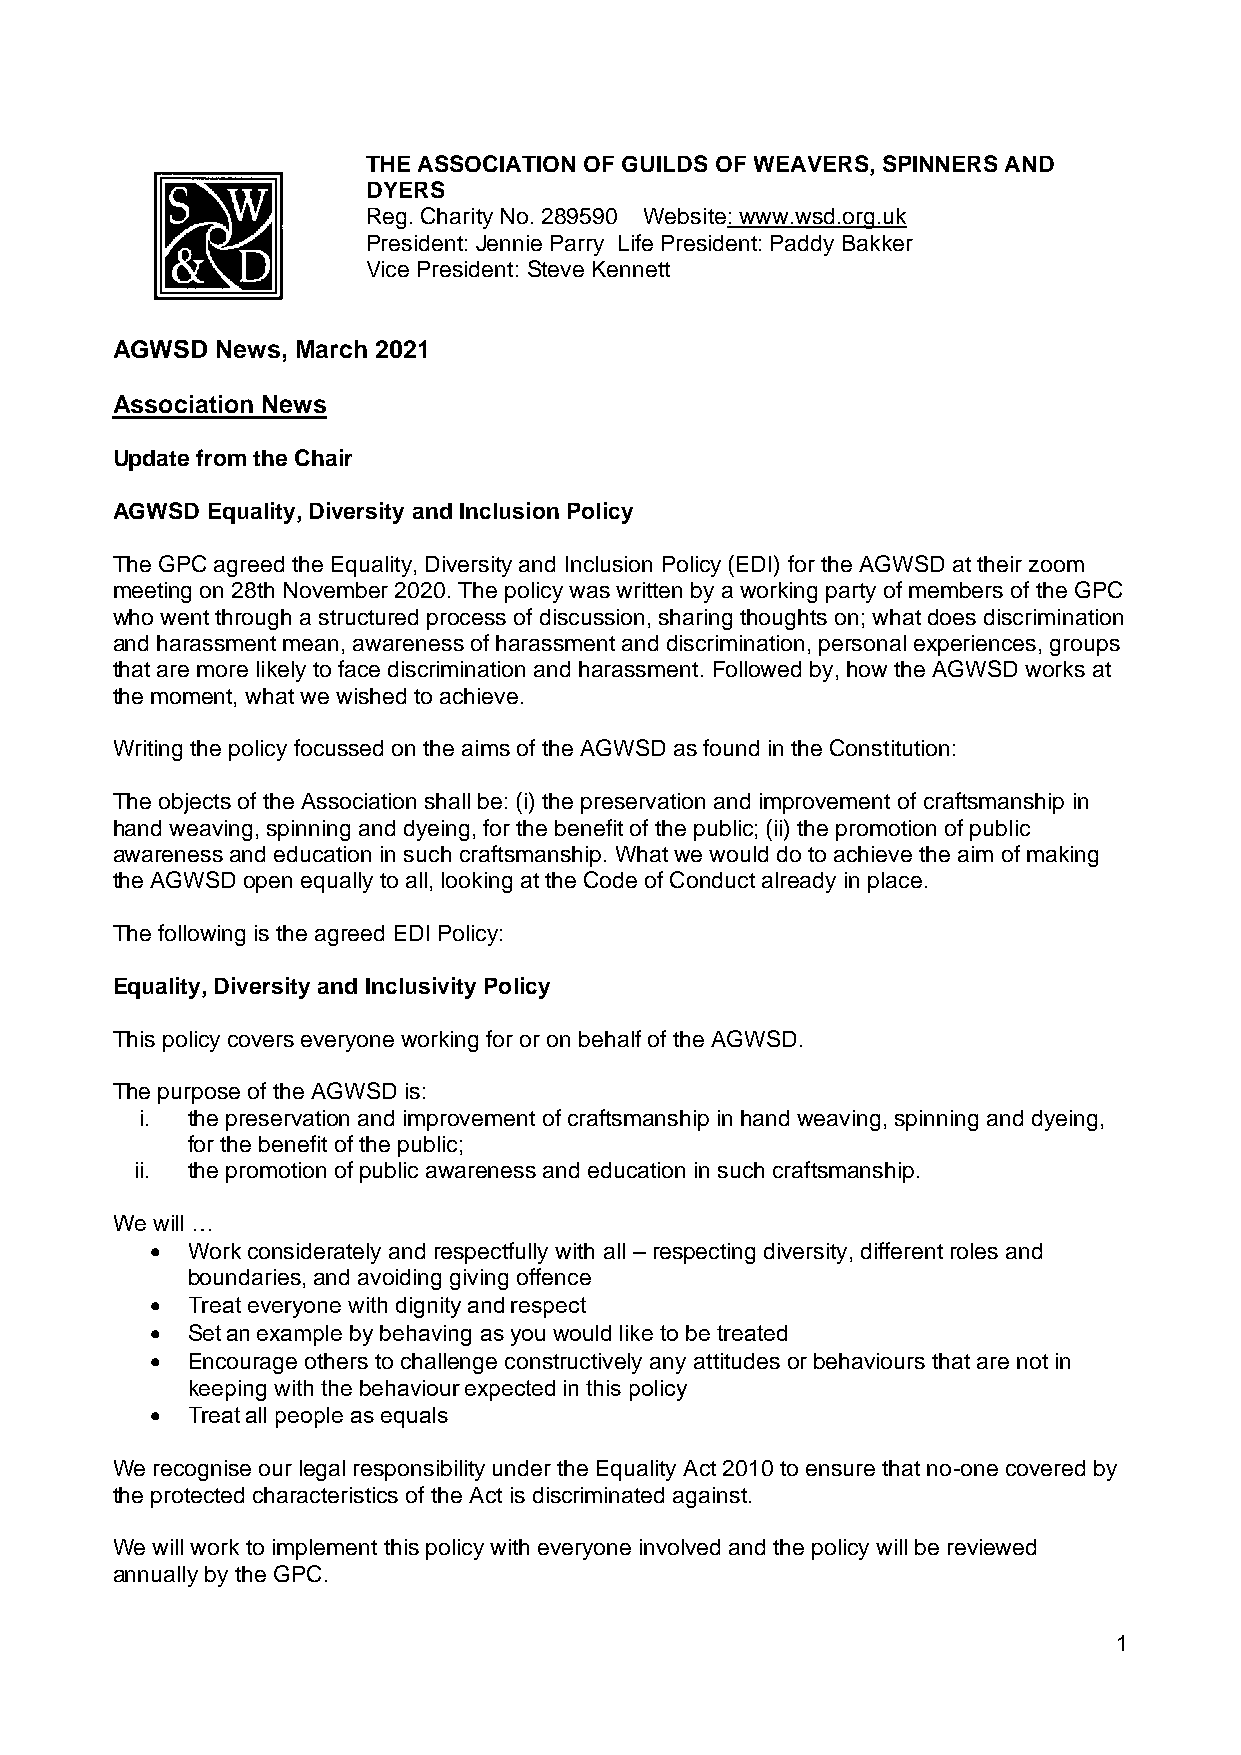
THE ASSOCIATION OF GUILDS OF WEAVERS, SPINNERS AND
 DYERS
 Reg. Charity No. 289590 Website: www.wsd.org.uk
 President: Jennie Parry Life President: Paddy Bakker
 Vice President: Steve Kennett
 AGWSD  News, March 2021
 Association News
 Update from the Chair
 AGWSD  Equality, Diversity and Inclusion Policy
 The GPC agreed the Equality, Diversity and Inclusion Policy (EDI) for the AGWSD at their zoom
 meeting on 28th November 2020. The policy was written by a working party of members of the GPC
 who went through a structured process of discussion, sharing thoughts on; what does discrimination
 and harassment mean, awareness of harassment and discrimination, personal experiences, groups
 that are more likely to face discrimination and harassment. Followed by, how the AGWSD works at
 the moment, what we wished to achieve.
 Writing the policy focussed on the aims of the AGWSD as found in the Constitution:
 The objects of the Association shall be: (i) the preservation and improvement of craftsmanship in
 hand weaving, spinning and dyeing, for the benefit of the public; (ii) the promotion of public
 awareness and education in such craftsmanship. What we would do to achieve the aim of making
 the AGWSD open equally to all, looking at the Code of Conduct already in place.
 The following is the agreed EDI Policy:
 Equality, Diversity and Inclusivity Policy
 This policy covers everyone working for or on behalf of the AGWSD.
 The purpose of the AGWSD is:
 i. the preservation and improvement of craftsmanship in hand weaving, spinning and dyeing,
 for the benefit of the public;
 ii. the promotion of public awareness and education in such craftsmanship.
 We will …
 • Work considerately and respectfully with all – respecting diversity, different roles and
 boundaries, and avoiding giving offence
 • Treat everyone with dignity and respect
 • Set an example by behaving as you would like to be treated
 • Encourage others to challenge constructively any attitudes or behaviours that are not in
 keeping with the behaviour expected in this policy
 • Treat all people as equals
 We recognise our legal responsibility under the Equality Act 2010 to ensure that no-one covered by
 the protected characteristics of the Act is discriminated against.
 We will work to implement this policy with everyone involved and the policy will be reviewed
 annually by the GPC.
 1